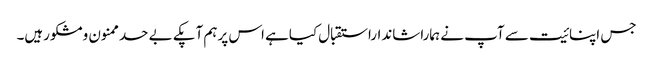
جس اپنائیت سے آپ نے ہماراشانداراستقبال کیاہے اس پرہم آپکے بے حدممنون ومشکورہیں۔